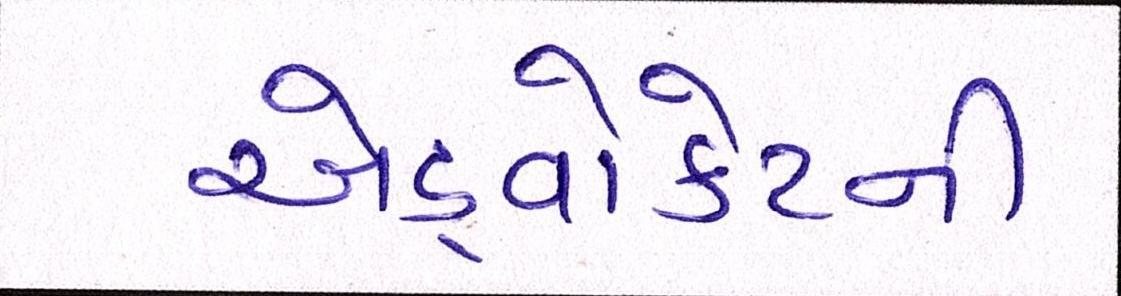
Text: એડ્વોકેટની